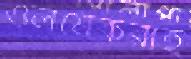
ওলমেকরাই